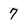
Character: 7